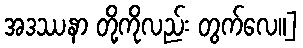
အဒဿနာ တို့ကိုလည်း တွက်လေ။]